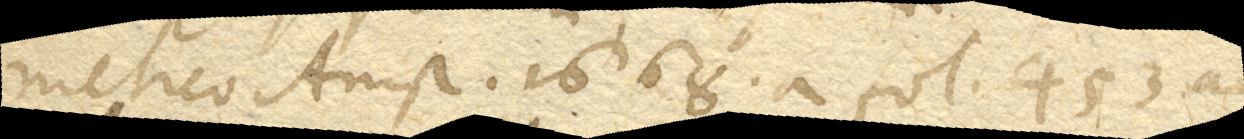
metico Amst. 1668. a fol. 453 ad